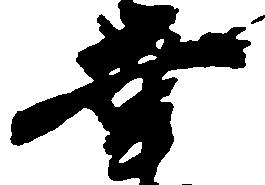
幸